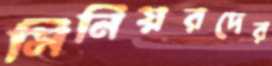
সিনিয়রদের